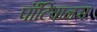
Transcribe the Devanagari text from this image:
पॉँटियानस